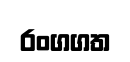
රංගගත